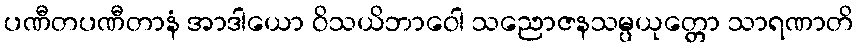
ပဏီတပဏီတာနံ အာဒါယော ဝိသယိဘာဝေါ သညောဇနသမ္ပယုတ္တော သာရဏာတိ